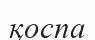
қоспа